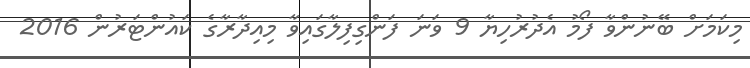
މިކަމަށް ބޭނުންވާ ފޯމު އެދުރުހިޔާ 9 ވަނަ ފަންގިފިލާގައިވާ މިއިދާރާގެ ކައުންޓަރުން 2016